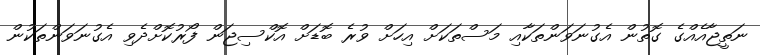
ނަތީޖާއެއްގެ ގޮތުން އެގުނަވަންތަކާއި މަސްތަކަށް އިހަށް ވުރެ ބޮޑަށް އޮކްސިޖަން ފޯރުކޮށްދެވި އެގުނަވަންތަކުން